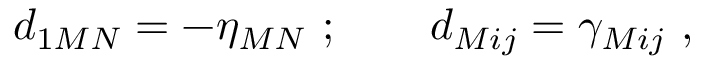
d _ { 1 M N } = - \eta _ { M N } \ ; \qquad d _ { M i j } = \gamma _ { M i j } \ ,